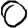
Digit: 0